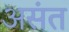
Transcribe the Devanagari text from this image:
असंत